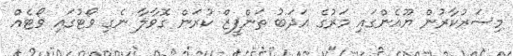
މިސަރުކާރުން ޔޫއެންގައި މަރުގެ އަދަބު ތަންފީޒް ކުރަން ގޮވާލާ ނެގި ވޯޓުގައި ވޯޓެއް